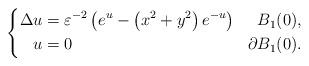
LaTeX: \begin{align*}\left\{\begin{aligned}\Delta u &=\varepsilon^{-2}\left(e^{u}-\left(x^{2}+y^{2}\right) e^{-u}\right) & B_1(0),\\u&=0 & \partial B_1(0).\end{aligned}\right.\end{align*}